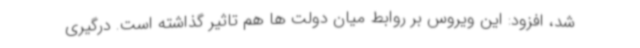
شد، افزود: این ویروس بر روابط میان دولت ها هم تاثیر گذاشته است. درگیری